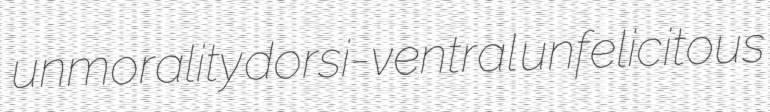
unmorality dorsi-ventral unfelicitous